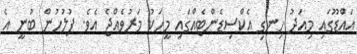
އައްޑޫގައި މިއަދު ހިނގި އެކްސިޑެންޓެއްގައި މީހަކު މަރުވެއްޖެ އެވެ. ފުލުހުން ބުނީ އެ